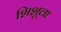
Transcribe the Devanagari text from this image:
शिशूला